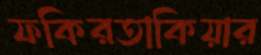
ফকিরতাকিয়ার